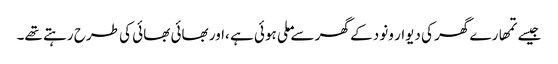
جیسے تمھارے گھر کی دیوار ونود کے گھر سے ملی ہوئی ہے ،اور بھائی بھائی کی طرح رہتے تھے۔